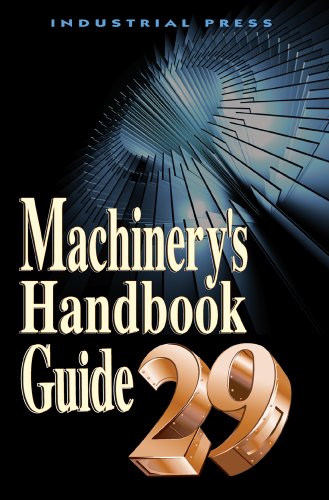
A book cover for Machinery's Handbook 29th Edition Guide (Machinery's Handbook Guide); Erik Oberg; Engineering & Transportation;